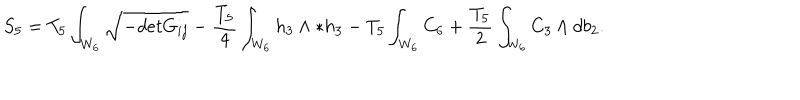
S _ { 5 } = T _ { 5 } \int _ { W _ { 6 } } \sqrt { - d e t G _ { i j } } - { \frac { T _ { 5 } } { 4 } } \int _ { W _ { 6 } } h _ { 3 } \wedge * h _ { 3 } - T _ { 5 } \int _ { W _ { 6 } } C _ { 6 } + { \frac { T _ { 5 } } { 2 } } \int _ { W _ { 6 } } C _ { 3 } \wedge d b _ { 2 } .